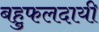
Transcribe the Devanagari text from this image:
बहुफलदायी